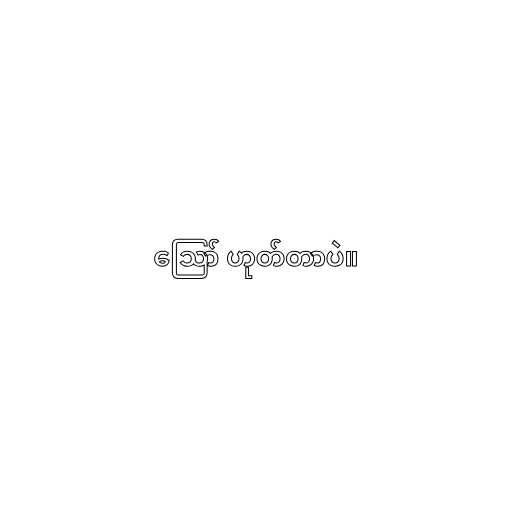
ဪ ဟုတ်တာပဲ။